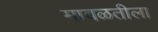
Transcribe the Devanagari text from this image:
मावळतीला